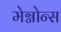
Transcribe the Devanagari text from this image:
मेग्नोन्स